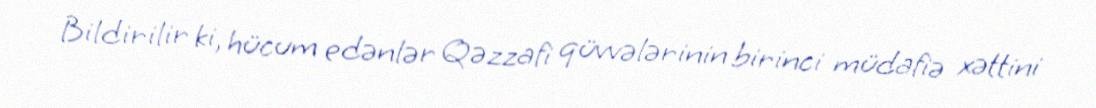
Bildirilir ki, hücum edənlər Qəzzafi qüvvələrinin birinci müdafiə xəttini